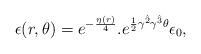
LaTeX: \begin{align*}\epsilon(r,\theta)=e^{-{\eta(r)\over4}}.e^{{1\over2}\gamma^{\hat{2}}\gamma^{\hat{3}}\theta}\epsilon_0,\end{align*}